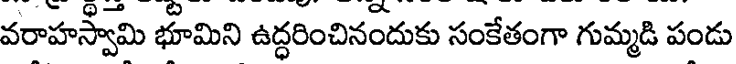
వరాహస్వామి భూమిని ఉద్ధరించినందుకు సంకేతంగా గుమ్మడి పండు